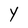
Character: Y